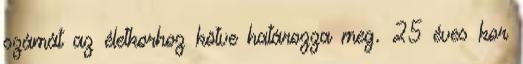
számát az életkorhoz kötve határozza meg. 25 éves kor